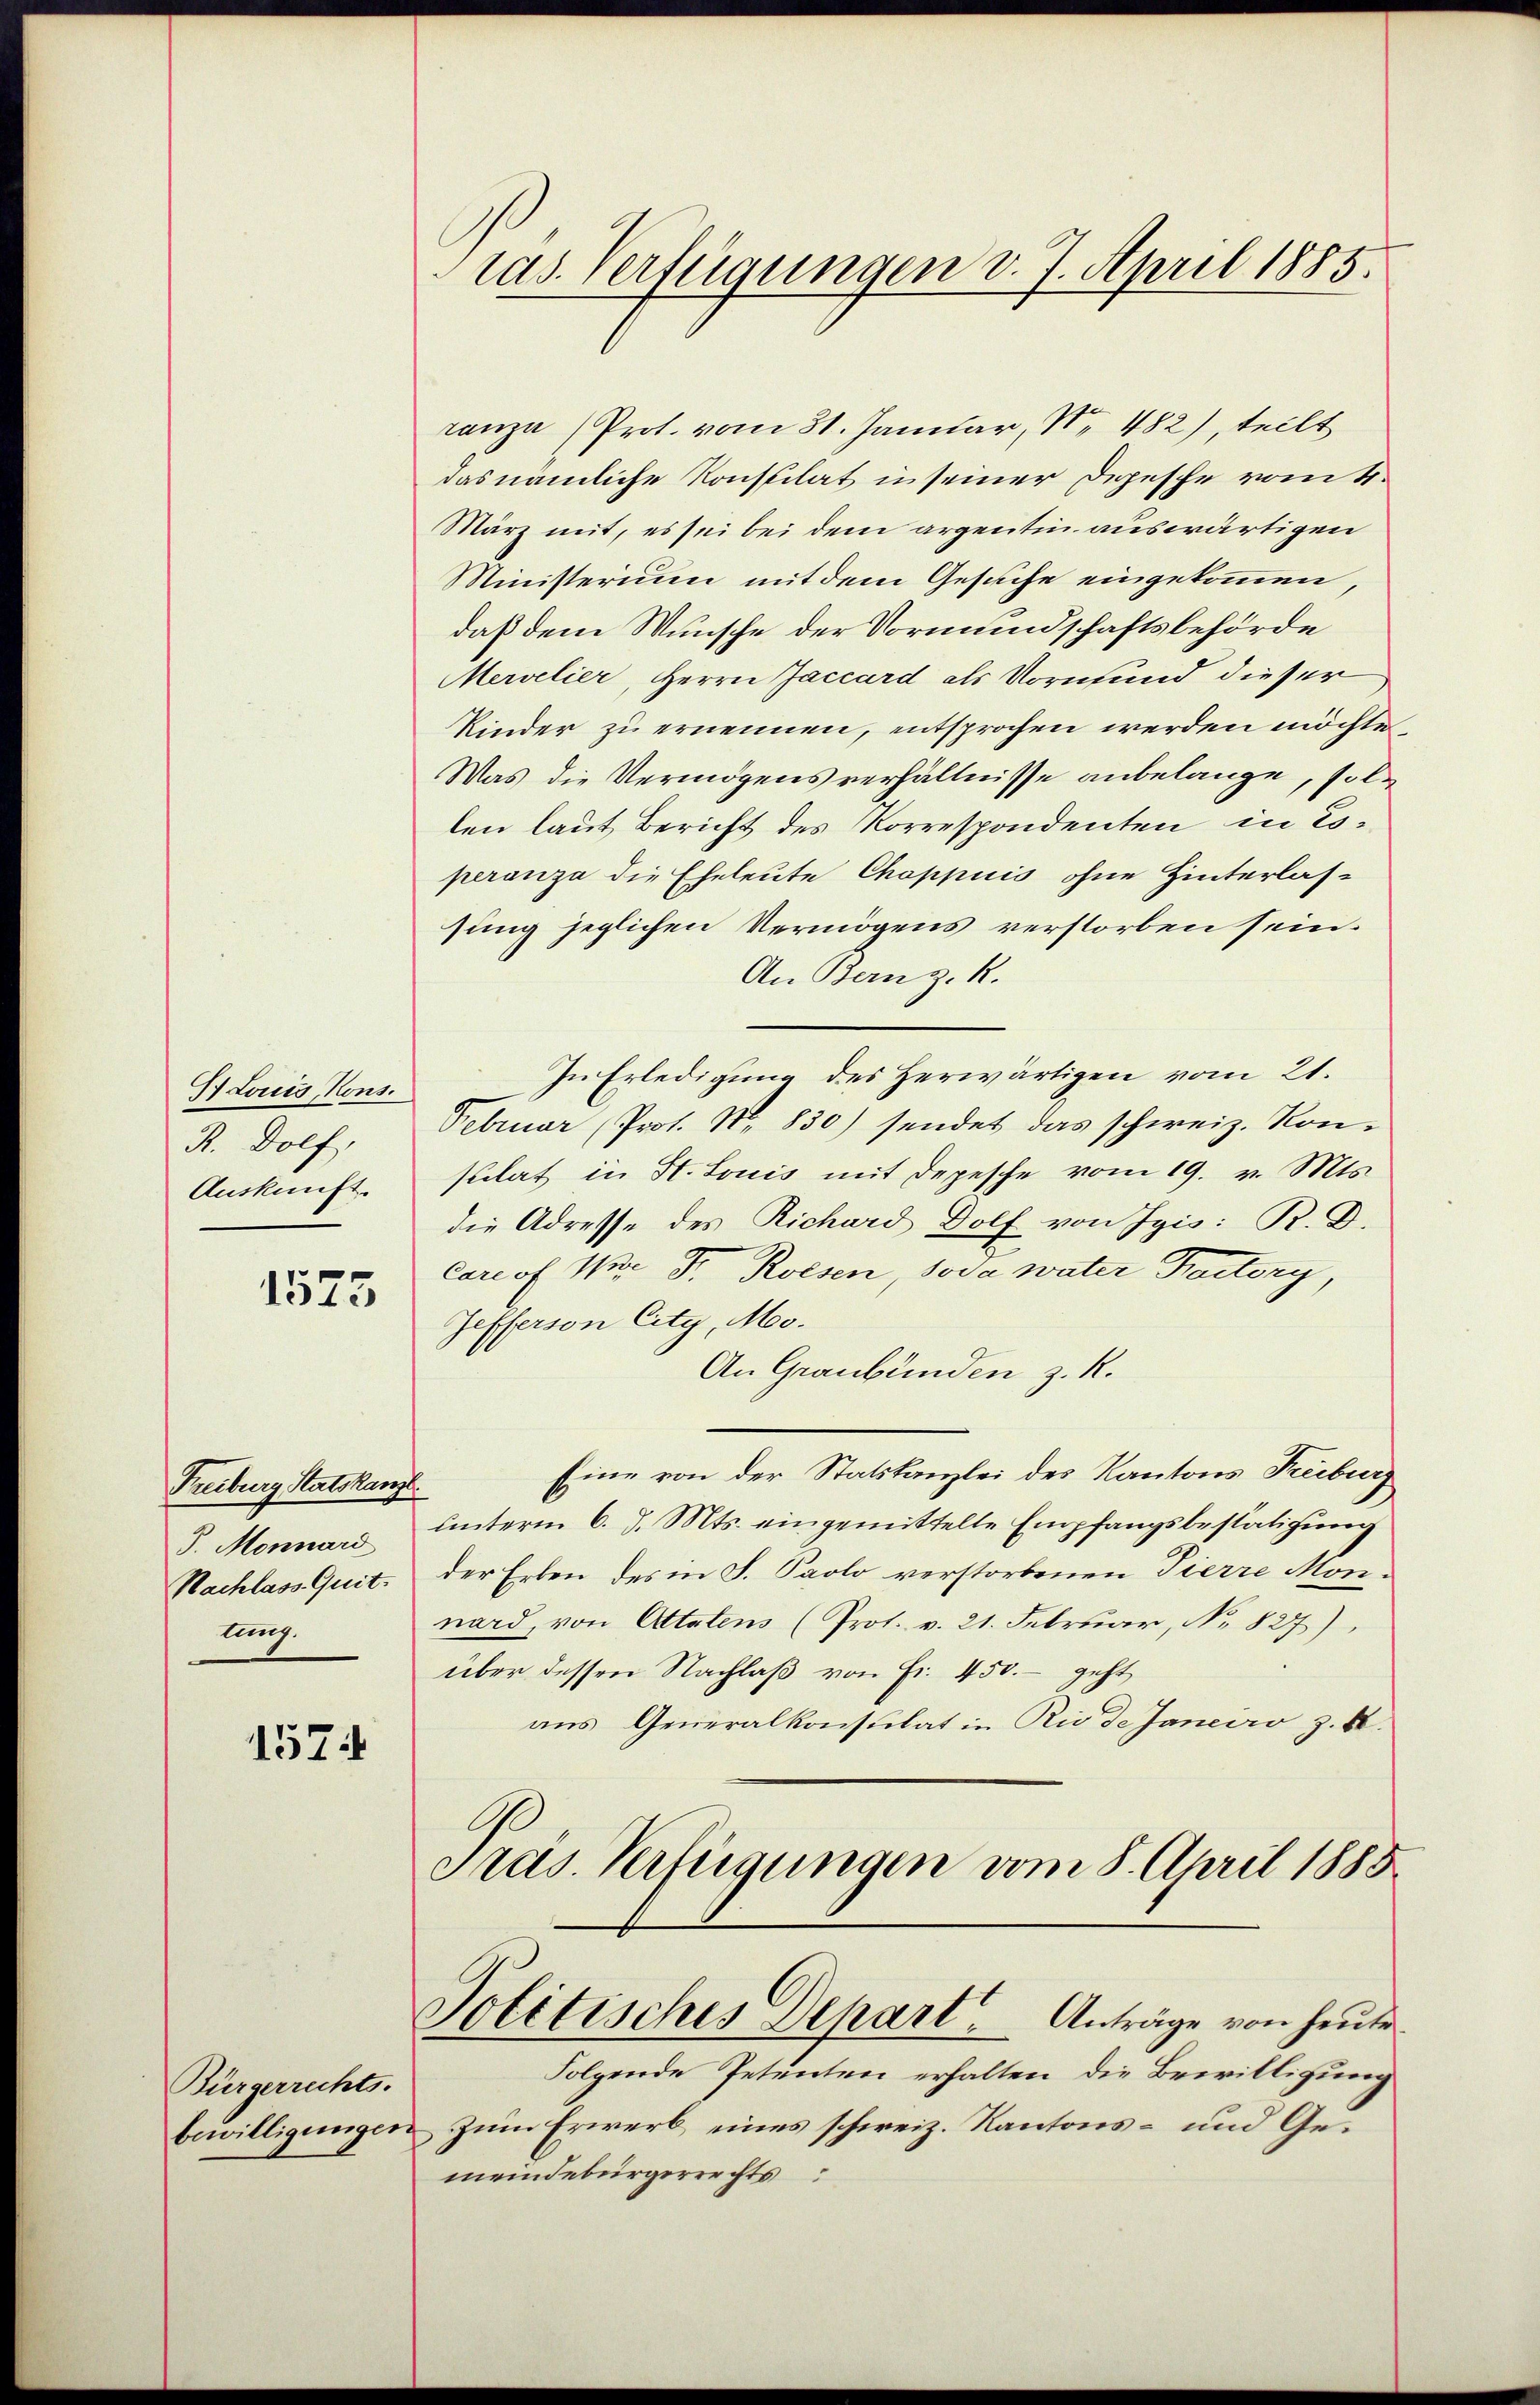
I Louis, Kons.
R. Dolf,
Auskunft.

1575

Freiburg Statskanzl.
J. Monnard
Nachlass. Quit.
lung.

1574

Bürgerrechts-
bewilligungen.

ras. Verfügungen v. 7. April 1885.

ranza (Prot. vom 31. Januar, No. 482), teilt
das nämliche Konstilat in seiner Depesche vom 4.
März mit, es sei bei dem argentin auswärtigen
Ministerium mit dem Gesuche eingekommen,
daß dem Wunsche der Vormundschaftsbehörde
Mervelier, Herrn Jaccard als Vormund dieser
Kinder zu ernennen, entsprochen werden möchte
Was die Vermögensverhältnisse anbelange, sollen laut Bericht des Korrespondenten in Loperanza die Eheleute Choppuis ohne Hinterlas-
sung jeglichen Vermögens verstorben sein.
An Bern z. R.
In Erledigung des Herwärtigen vom 21.
Februar (Prot. N. 830) sendet das schweiz. Konsulat in St. Louis mit Depesche vom 19. v. Mts.
die Adresse des Richard Dolf von Jgis: R. D.
Corrof. Wir F. Rossen, soda water Factory,
Jefferson City, Mo.
An Graubünden z. R.
Eine von der Statskanzlei des Kantons Freiburg,
unterm 6. d. Mts. eingemittelte Empfangsbestätigung
der Erben des in S. Paolo verstorbenen Tierre Monnard, von Attatens (Prot. v. 21. Februar, No. 827),
über dessen Nachlaβ von Fr. 450.- geht
ans Generalkonsulat in Rio de Janeiro z. B.
Pras. Verfügungen vom 8. April 1888

Politisches Depart. Anträge von heute.

Folgende Petenten erhalten die Bewilligung
zum Erwerb eines schweiz. Kantons- und Gemeindebürgerrechts